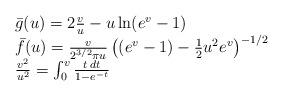
LaTeX: \begin{align*}{}\begin{array}{l}\bar{g}(u) = 2\frac{v}{u} - u \ln (e^v-1) \\\bar{f}(u) = \frac{v}{2^{3/2} \pi u } \left ( (e^{v}-1) - \frac{1}{2} u^2 e^{v} \right)^{-1/2} \\\frac{v^2}{u^2} = \int_0^{v} \frac{t\, dt}{1-e^{-t}}\end{array}\end{align*}